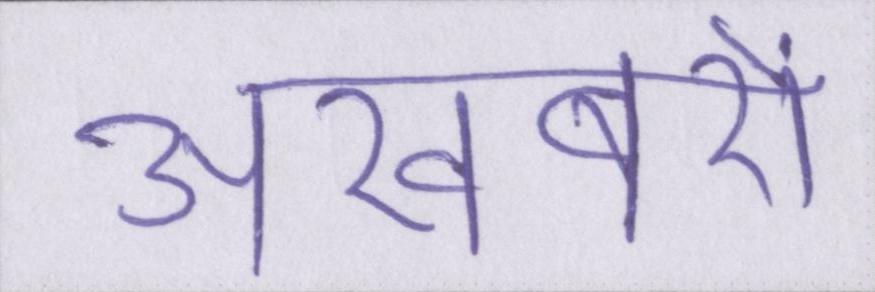
अखबरों